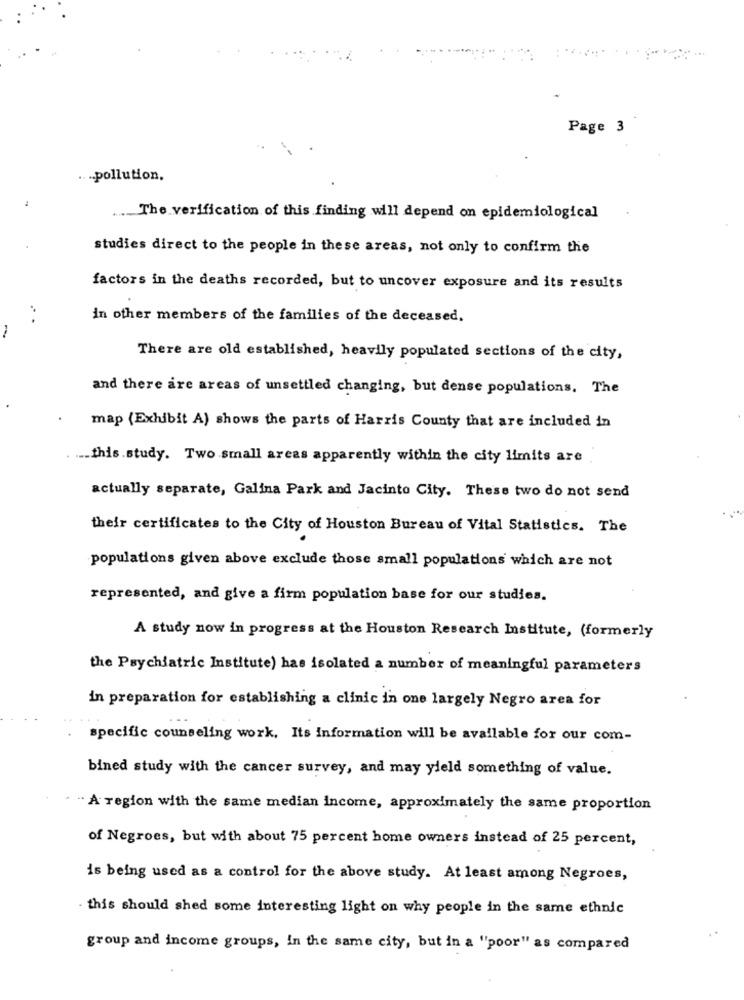
Page 3
.... pollution.
... The verification of this finding will depend on epidemiological
studies direct to the people in these areas, not only to confirm the
factors in the deaths recorded, but to uncover exposure and its results
in other members of the families of the deceased.
-
There are old established, heavily populated sections of the city,
and there are areas of unsettled changing, but dense populations. The
map (Exhibit A) shows the parts of Harris County that are included in
... this.study. Two small areas apparently within the city limits are
actually separate, Galina Park and Jacinto City. These two do not send
their certificates to the City of Houston Bureau of Vital Statistics. The
populations given above exclude those small populations which are not
represented, and give a firm population base for our studies.
A study now in progress at the Houston Research Institute, (formerly
the Psychiatric Institute) has isolated a number of meaningful parameters
in preparation for establishing a clinic in one largely Negro area for
specific counseling work, Its Information will be available for our com-
bined study with the cancer survey, and may yield something of value.
" A region with the same median income, approximately the same proportion
of Negroes, but with about 75 percent home owners instead of 25 percent,
is being used as a control for the above study. At least among Negroes,
- this should shed some interesting light on why people in the same ethnic
group and income groups, In the same city, but in a "poor" as compared